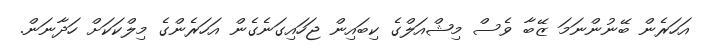
އަހަރެން ބޭނުންނަމަ ޒޭބާ ވެސް މިޝްއަލްގެ ކިބައިން ޖަހައިގަނެގެން އަހަރެންގެ މިލްކަކަށް ހަދާނަން.